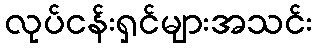
လုပ်ငန်းရှင်များအသင်း